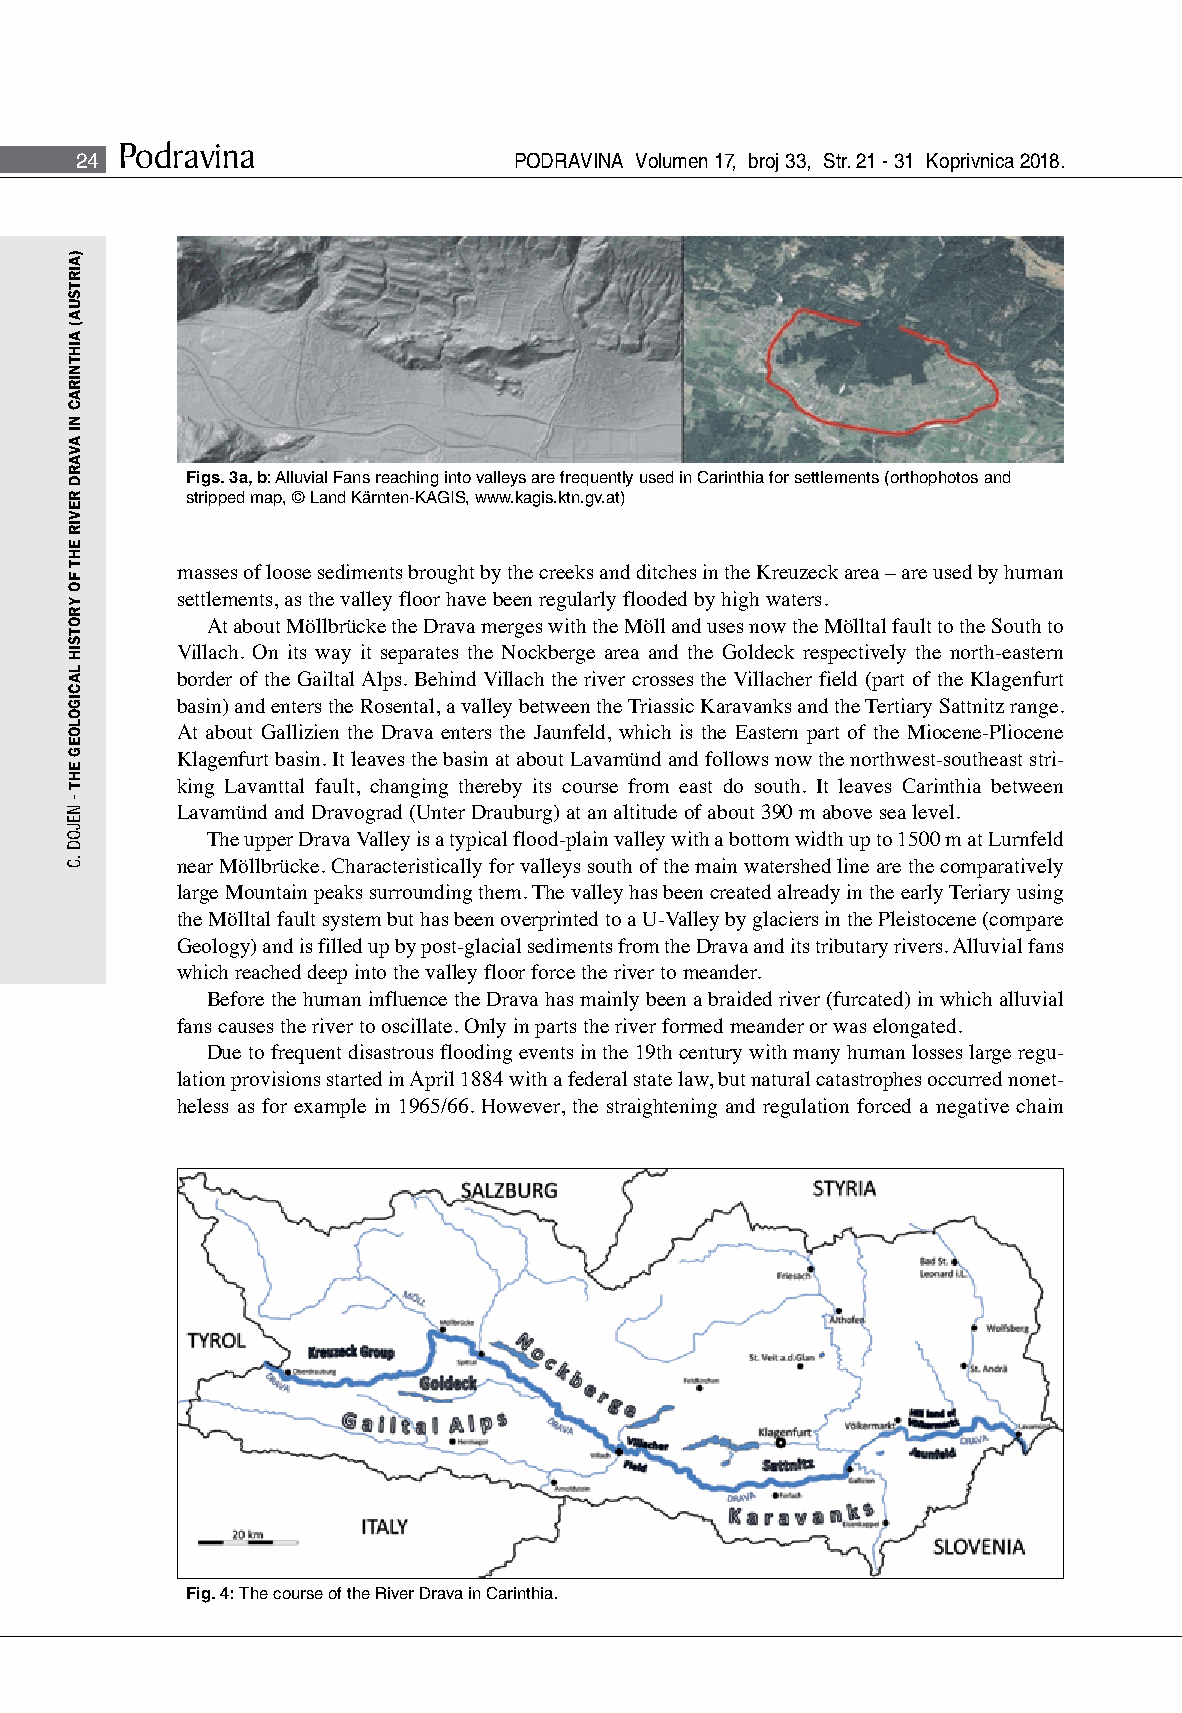
Podravina
 24                           PODRAVINA Volumen 17, broj 33, Str. 21 - 31 Koprivnica 2018.
 Figs. 3a, b: Alluvial Fans reaching into valleys are frequently used in Carinthia for settlements (orthophotos and
 stripped map, © Land Kärnten-KAGIS, www.kagis.ktn.gv.at)
 masses of loose sediments brought by the creeks and ditches in the Kreuzeck area – are used by human
 settlements, as the valley floor have been regularly flooded by high waters.
 At about Möllbrücke the Drava merges with the Möll and uses now the Mölltal fault to the South to
 Villach. On its way it separates the Nockberge area and the Goldeck respectively the north-eastern
 border of the Gailtal Alps. Behind Villach the river crosses the Villacher field (part of the Klagenfurt
 basin) and enters the Rosental, a valley between the Triassic Karavanks and the Tertiary Sattnitz range.
 At about Gallizien the Drava enters the Jaunfeld, which is the Eastern part of the Miocene-Pliocene
 Klagenfurt basin. It leaves the basin at about Lavamünd and follows now the northwest-southeast stri-
 king Lavanttal fault, changing thereby its course from east do south. It leaves Carinthia between
 Lavamünd and Dravograd (Unter Drauburg) at an altitude of about 390 m above sea level.
 The upper Drava Valley is a typical flood-plain valley with a bottom width up to 1500 m at Lurnfeld
 near Möllbrücke. Characteristically for valleys south of the main watershed line are the comparatively
 large Mountain peaks surrounding them. The valley has been created already in the early Teriary using
 the Mölltal fault system but has been overprinted to a U-Valley by glaciers in the Pleistocene (compare
 Geology) and is filled up by post-glacial sediments from the Drava and its tributary rivers. Alluvial fans
 which reached deep into the valley floor force the river to meander.
 Before the human influence the Drava has mainly been a braided river (furcated) in which alluvial
 fans causes the river to oscillate. Only in parts the river formed meander or was elongated.
 Due to frequent disastrous flooding events in the 19th century with many human losses large regu-
 lation provisions started in April 1884 with a federal state law, but natural catastrophes occurred nonet-
 heless as for example in 1965/66. However, the straightening and regulation forced a negative chain
 Fig. 4: The course of the River Drava in Carinthia.
 )AIRTSUA(
 AIHTNIRAC
 NI
 AVARD
 REVIR
 EHT
 FO
 YROTSIH
 LACIGOLOEG
 EHT
 -
 NEJOD
 .C